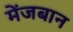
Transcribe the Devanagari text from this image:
मेंजबान